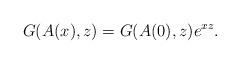
LaTeX: \begin{align*}G(A(x),z)=G(A(0),z)e^{xz}.\end{align*}